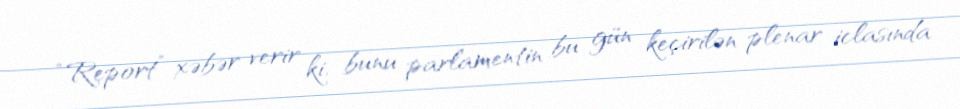
“Report” xəbər verir ki, bunu parlamentin bu gün keçirilən plenar iclasında